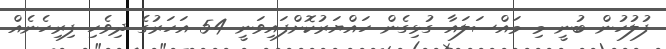
ފުލުހުން ބުނީ މި މައްސަލައާ ގުޅިގެން ހައްޔަރުކޮށްފައިވަނީ 54 އަހަރުގެ ދިވެހި ފިރިހެނެއް